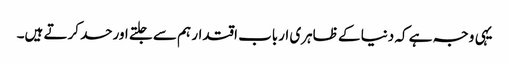
یہی وجہ ہے کہ دنیا کے ظاہری ارباب اقتدار ہم سے جلتے اورحسد کرتے ہیں۔